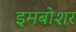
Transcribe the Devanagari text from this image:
इमबोशर